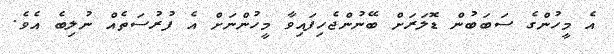
އެ މީހުންގެ ސަބަބުން ޑޮލަރަށް ބޭނުންޖެހިފައިވާ މީހުންނަށް އެ ފުރުސަތެއް ނުލިބެ އެވެ.